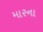
મારના